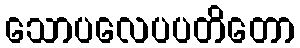
သောပလေပပတိတော